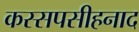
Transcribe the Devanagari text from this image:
कस्सपसीहनाद